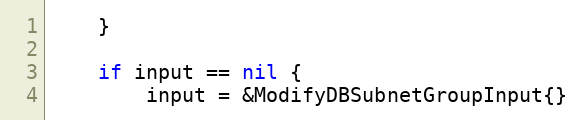
Language: Go
	}

	if input == nil {
		input = &ModifyDBSubnetGroupInput{}